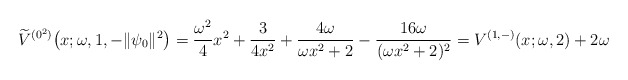
\begin{gather*} \widetilde{V}^{(0^{2})}\big(x;\omega ,1,- \Vert \psi _{0} \Vert ^{2}\big) =\frac{\omega ^{2}}{4}x^{2}+\frac{3}{4x^{2}}+\frac{ 4\omega }{\omega x^{2}+2}-\frac{16\omega }{( \omega x^{2}+2) ^{2}} = V^{ ( 1,- ) }(x;\omega ,2)+2\omega\end{gather*}